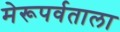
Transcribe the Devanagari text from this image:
मेरूपर्वताला